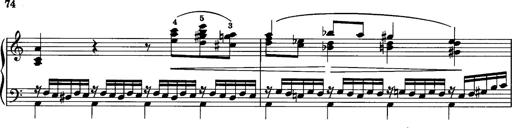
Title: La romanesca
Composer: Franz Liszt